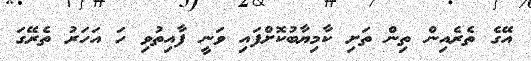
އޭގެ ތެރެއިން ތިން ތަށި ކާމިޔާބުކޮށްފައި ވަނީ ފާއިތުވި ހަ އަހަރު ތެރޭގަ